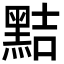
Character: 黠